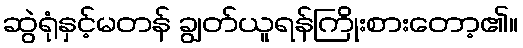
ဆွဲရုံနှင့်မတန် ချွတ်ယူရန်ကြိုးစားတော့၏။